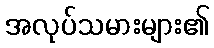
အလုပ်သမားများ၏